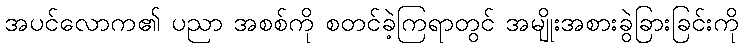
အပင်လောက၏ ပညာ အစစ်ကို စတင်ခဲ့ကြရာတွင် အမျိုးအစားခွဲခြားခြင်းကို